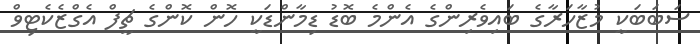
ސަބަބަކީ މުޒާހަރާގެ ބައިވެރިންގެ އެންމެ ބޮޑު ޑިމާންޑަކީ ހޮން ކޮންގެ ޗީފް އެގްޒެކެޓިވް